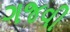
ગજવી